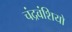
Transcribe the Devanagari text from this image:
चंद्रवंशियो